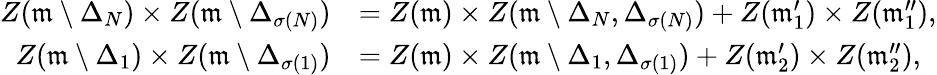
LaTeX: \begin{array}{rl}{Z(\mathfrak{m}\setminus\Delta_{N})\times Z(\mathfrak{m}\setminus\Delta_{\sigma(N)})}&{=Z(\mathfrak{m})\times Z(\mathfrak{m}\setminus\Delta_{N},\Delta_{\sigma(N)})+Z(\mathfrak{m}_{1}^{\prime})\times Z(\mathfrak{m}_{1}^{\prime\prime}),}\\ {Z(\mathfrak{m}\setminus\Delta_{1})\times Z(\mathfrak{m}\setminus\Delta_{\sigma(1)})}&{=Z(\mathfrak{m})\times Z(\mathfrak{m}\setminus\Delta_{1},\Delta_{\sigma(1)})+Z(\mathfrak{m}_{2}^{\prime})\times Z(\mathfrak{m}_{2}^{\prime\prime}),}\end{array}